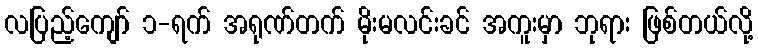
လပြည့်ကျော် ၁-ရက် အရုဏ်တက် မိုးမလင်းခင် အကူးမှာ ဘုရား ဖြစ်တယ်လို့